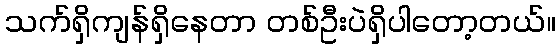
သက်ရှိကျန်ရှိနေတာ တစ်ဦးပဲရှိပါတော့တယ်။